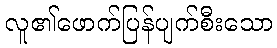
လူ၏ဖောက်ပြန်ပျက်စီးသော